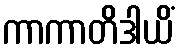
ကာကာတိဒါယိံ